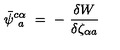
\bar { \psi } _ { \phantom { c } a } ^ { c \alpha } \ = \ - \ \frac { \delta W } { \delta \zeta _ { \alpha a } ^ { \phantom { \rho } } }